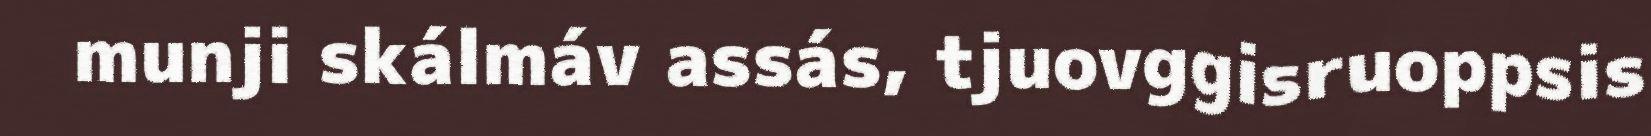
munji skálmáv assás, tjuovggisruoppsis